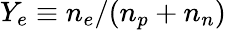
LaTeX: Y_{e}\equiv n_{e}/(n_{p}+n_{n})